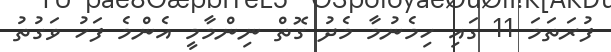
ފުރަތަމަ 11 ގައި ހިމެނުމާ މެދު ގޮތް ނިންމާމީ އެންމެ ފަހު ވަގުތު